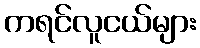
ကရင်လူငယ်များ